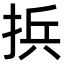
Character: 捠